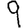
Digit: 9